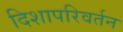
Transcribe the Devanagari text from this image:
दिशापरिवर्तन